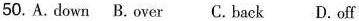
50.A.down B.over C.back D.off